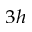
_ { 3 h }